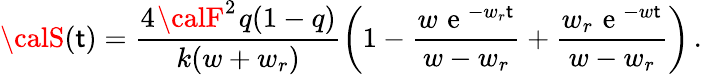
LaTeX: {\calS}(\mathsf{t})=\frac{{4~\! {\calF}^{2}~\! q(1-q)}}{{k(w+w_{r})}}\left(1-\frac{{w~\! \mathrm{{~e~}}^{-w_{r}~\! \mathsf{t}}}}{{w-w_{r}}}+\frac{{w_{r}~\! \mathrm{{~e~}}^{-w~\! \mathsf{t}}}}{{w-w_{r}}}\right)\, .